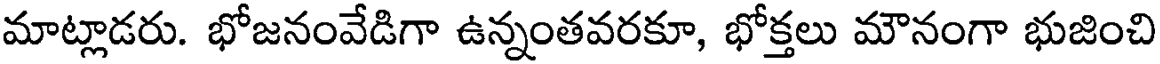
మాట్లాడరు. భోజనంవేడిగా ఉన్నంతవరకూ, భోక్తలు మౌనంగా భుజించి